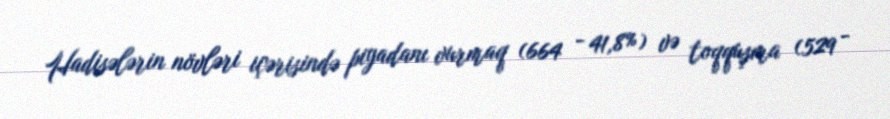
Hadisələrin növləri içərisində piyadanı vurmaq (664 - 41,8%) və toqquşma (529 -